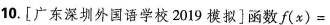
10.[广东深圳外国语学校2019模拟]函数$$f ( x ) =